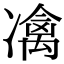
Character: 𠘅